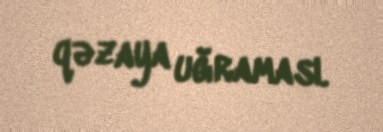
qəzaya uğraması.